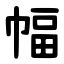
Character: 幅